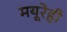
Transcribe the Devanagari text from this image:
मयूरेही